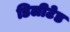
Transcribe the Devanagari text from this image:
डिलीटेड